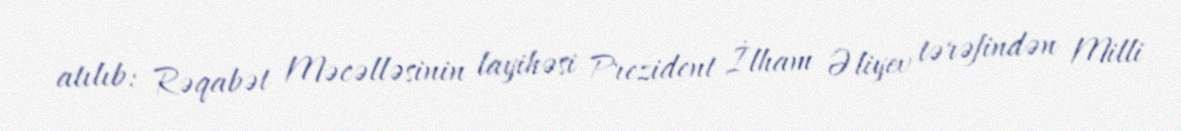
atılıb: Rəqabət Məcəlləsinin layihəsi Prezident İlham Əliyev tərəfindən Milli